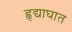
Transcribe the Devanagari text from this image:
हृद्याघात